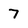
Character: 7